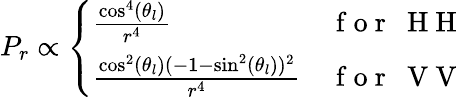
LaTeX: P_{r}\propto\left\{ \begin{array}{ll}{\frac{\cos^{4}(\theta_{l})}{r^{4}}}&{\mathrm{~f~o~r~~~H~H~}}\\ {\frac{\cos^{2}(\theta_{l})(-1-\sin^{2}(\theta_{l}))^{2}}{r^{4}}}&{\mathrm{~f~o~r~~~V~V~}}\end{array}\right.